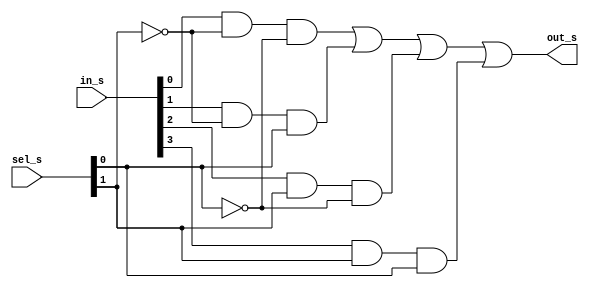
`timescale 1ns / 1ps

module mux4to1_s(
    input [3:0] in_s,
    input [1:0] sel_s,
    output out_s
    );
    
    wire t1,t2,t3,t4,t5,t6;
    
    not G1 (t1,sel_s[0]);
    not G2 (t2,sel_s[1]);
    and G3 (t3,in_s[0],t2,t1);
    and G4 (t4,in_s[1],t2,sel_s[0]);
    and G5 (t5,in_s[2],sel_s[1],t1);
    and G6 (t6,in_s[3],sel_s[1],sel_s[0]);
    or  G7 (out_s,t3,t4,t5,t6);
    
    
endmodule